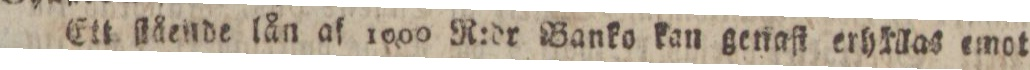
Ett ſlående lån af 1000 R:dr Banko kan genaſt erhrllas emot